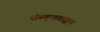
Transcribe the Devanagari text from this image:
संस्कृतवाङ्मय